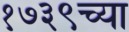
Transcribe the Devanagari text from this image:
१७३९च्या